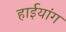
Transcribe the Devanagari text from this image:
हाईयांग